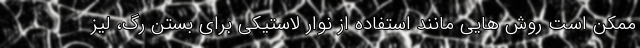
ممکن است روش هایی مانند استفاده از نوار لاستیکی برای بستن رگ، لیز